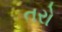
તરો